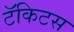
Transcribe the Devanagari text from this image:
टॅकिटस